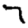
Digit: 7